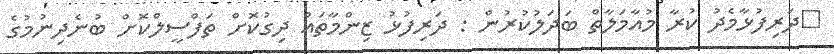
ދަރިފުޅާމެދު ކުރާ މުއާމަލާތް ބަދަލުކުރުން : ދަރިފުޅު ޒިންމާތައް ދިގުކޮށް ތަފްސީލްކޮށް ބުނެދިނުމުގެ